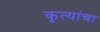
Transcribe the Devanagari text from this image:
कृत्यांचा